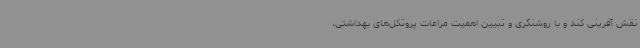
نقش آفرینی کند و با روشنگری و تبیین اهمیت مراعات پروتکل‌های بهداشتی،